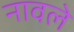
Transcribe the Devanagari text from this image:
नावले